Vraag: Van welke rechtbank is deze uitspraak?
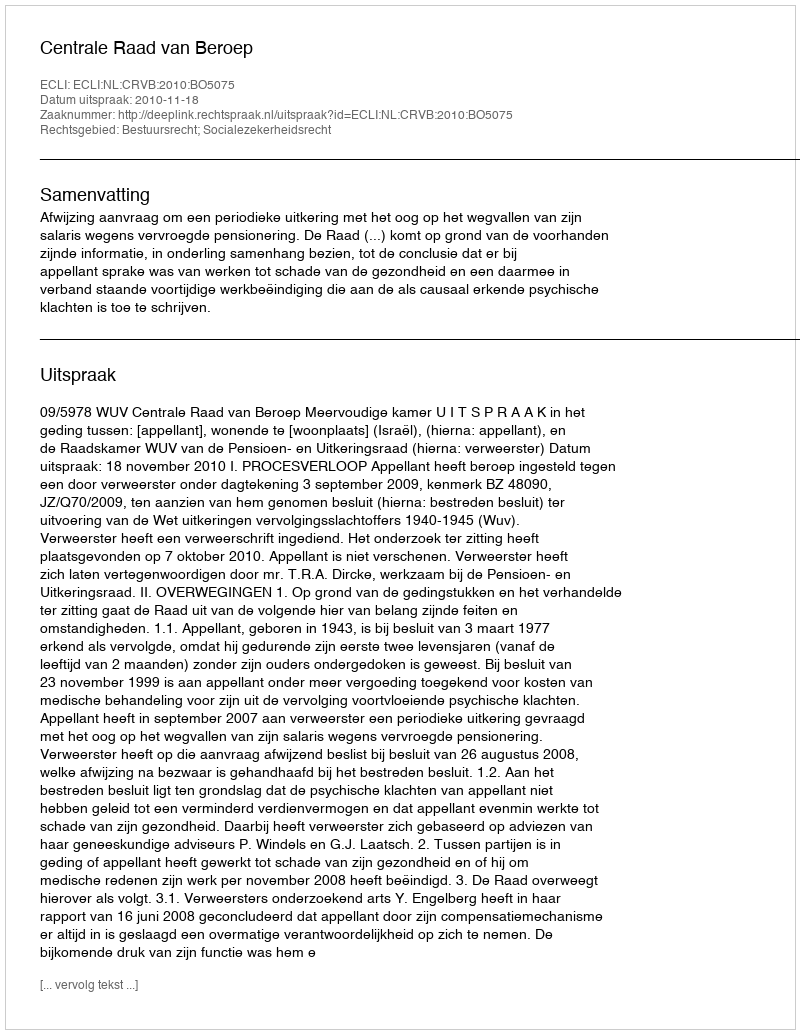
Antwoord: Centrale Raad van Beroep